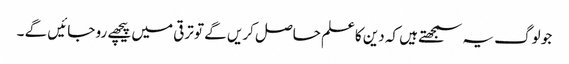
جو لوگ یہ سمجھتے ہیں کہ دین کاعلم حاصل کریں گے تو ترقی میں پیچھے رو جائیں گے ۔